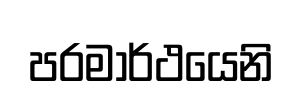
පරමාර්ථයෙනි